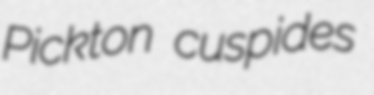
Pickton cuspides